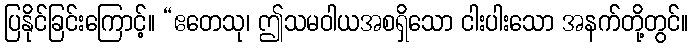
ပြနိုင်ခြင်းကြောင့်။ “ဧတေသု၊ ဤသမဝါယအစရှိသော ငါးပါးသော အနက်တို့တွင်။